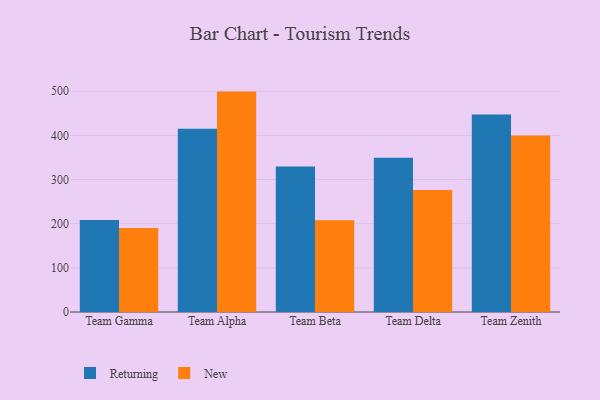
{"axis": {"x": "Team", "y": "Latency (ms)"}, "legend": ["New", "Returning"], "data": [{"x": "Team Gamma", "y": 208.4, "type": "Returning"}, {"x": "Team Gamma", "y": 190.1, "type": "New"}, {"x": "Team Alpha", "y": 415.3, "type": "Returning"}, {"x": "Team Alpha", "y": 499.2, "type": "New"}, {"x": "Team Beta", "y": 329.3, "type": "Returning"}, {"x": "Team Beta", "y": 207.6, "type": "New"}, {"x": "Team Delta", "y": 349.2, "type": "Returning"}, {"x": "Team Delta", "y": 276.3, "type": "New"}, {"x": "Team Zenith", "y": 447.4, "type": "Returning"}, {"x": "Team Zenith", "y": 399.8, "type": "New"}]}